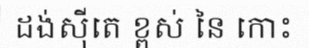
ដង់ស៊ីតេ ខ្ពស់ នៃ កោះ